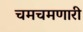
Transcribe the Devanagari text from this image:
चमचमणारी